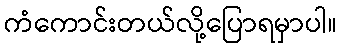
ကံကောင်းတယ်လို့ပြောရမှာပါ။